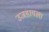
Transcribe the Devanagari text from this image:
उजडायला